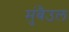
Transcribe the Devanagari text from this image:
मुंबैउल